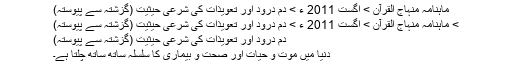
ماہنامہ منہاج القرآن > اگست 2011 ء > دم درود اور تعویذات کی شرعی حیثیت (گزشتہ سے پیوستہ)
> ماہنامہ منہاج القرآن > اگست 2011 ء > دم درود اور تعویذات کی شرعی حیثیت (گزشتہ سے پیوستہ)
دم درود اور تعویذات کی شرعی حیثیت (گزشتہ سے پیوستہ)
دنیا میں موت و حیات اور صحت و بیماری کا سلسلہ ساتھ ساتھ چلتا ہے۔